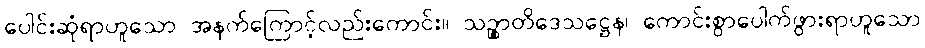
ပေါင်းဆုံရာဟူသော အနက်ကြောင့်လည်းကောင်း။ သဉ္စာတိဒေသဋ္ဌေန၊ ကောင်းစွာပေါက်ဖွားရာဟူသော